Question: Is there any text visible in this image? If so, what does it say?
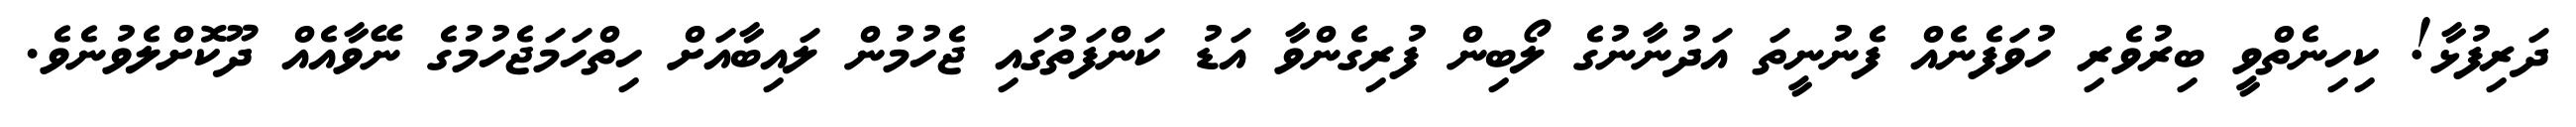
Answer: ދަރިފުޅާ! ކިހިނެތްވީ ބިރުވެރި ހުވަފެނެއް ފެނުނީތަ އަދުނާނުގެ ލޯބިން ފުރިގެންވާ އަޑު ކަންފަތުގައި ޖެހުމުން ލައިބާއަށް ހިތްހަމަޖެހުމުގެ ނޭވާއެއް ދޫކޮށްލެވުނެވެ.